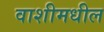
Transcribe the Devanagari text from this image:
वाशीमधील